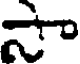
సా